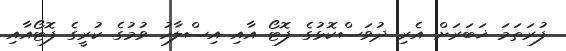
ފުރަތަމަ ޚަބަރަށް އެރި ދުވަސްކޮޅުގެ ފޮޓޯ އާއި އިސްލާހު ވުމުގެ ކުރީގެ ފޮޓޯއާއި